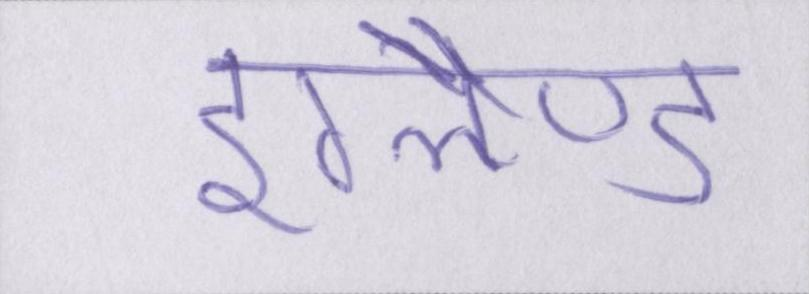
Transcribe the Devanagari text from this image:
इंग्लैण्ड